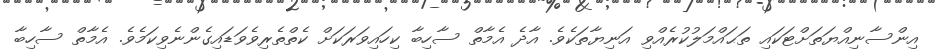
އިންސާނިއްޔަތަށްޓަކައި ތަޙައްމަލުކުރެއްވި އަނިޔާތަކެވެ. އާދެ އެމާތް ސާހިބާ ކިހައިވަރަކަށް ކެތްތެރިވެވަޑައިގެންނެވިކަމެވެ. އެމާތް ސާހިބާ